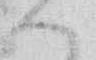
ハ